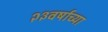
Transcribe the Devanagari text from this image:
२३वर्षाच्या